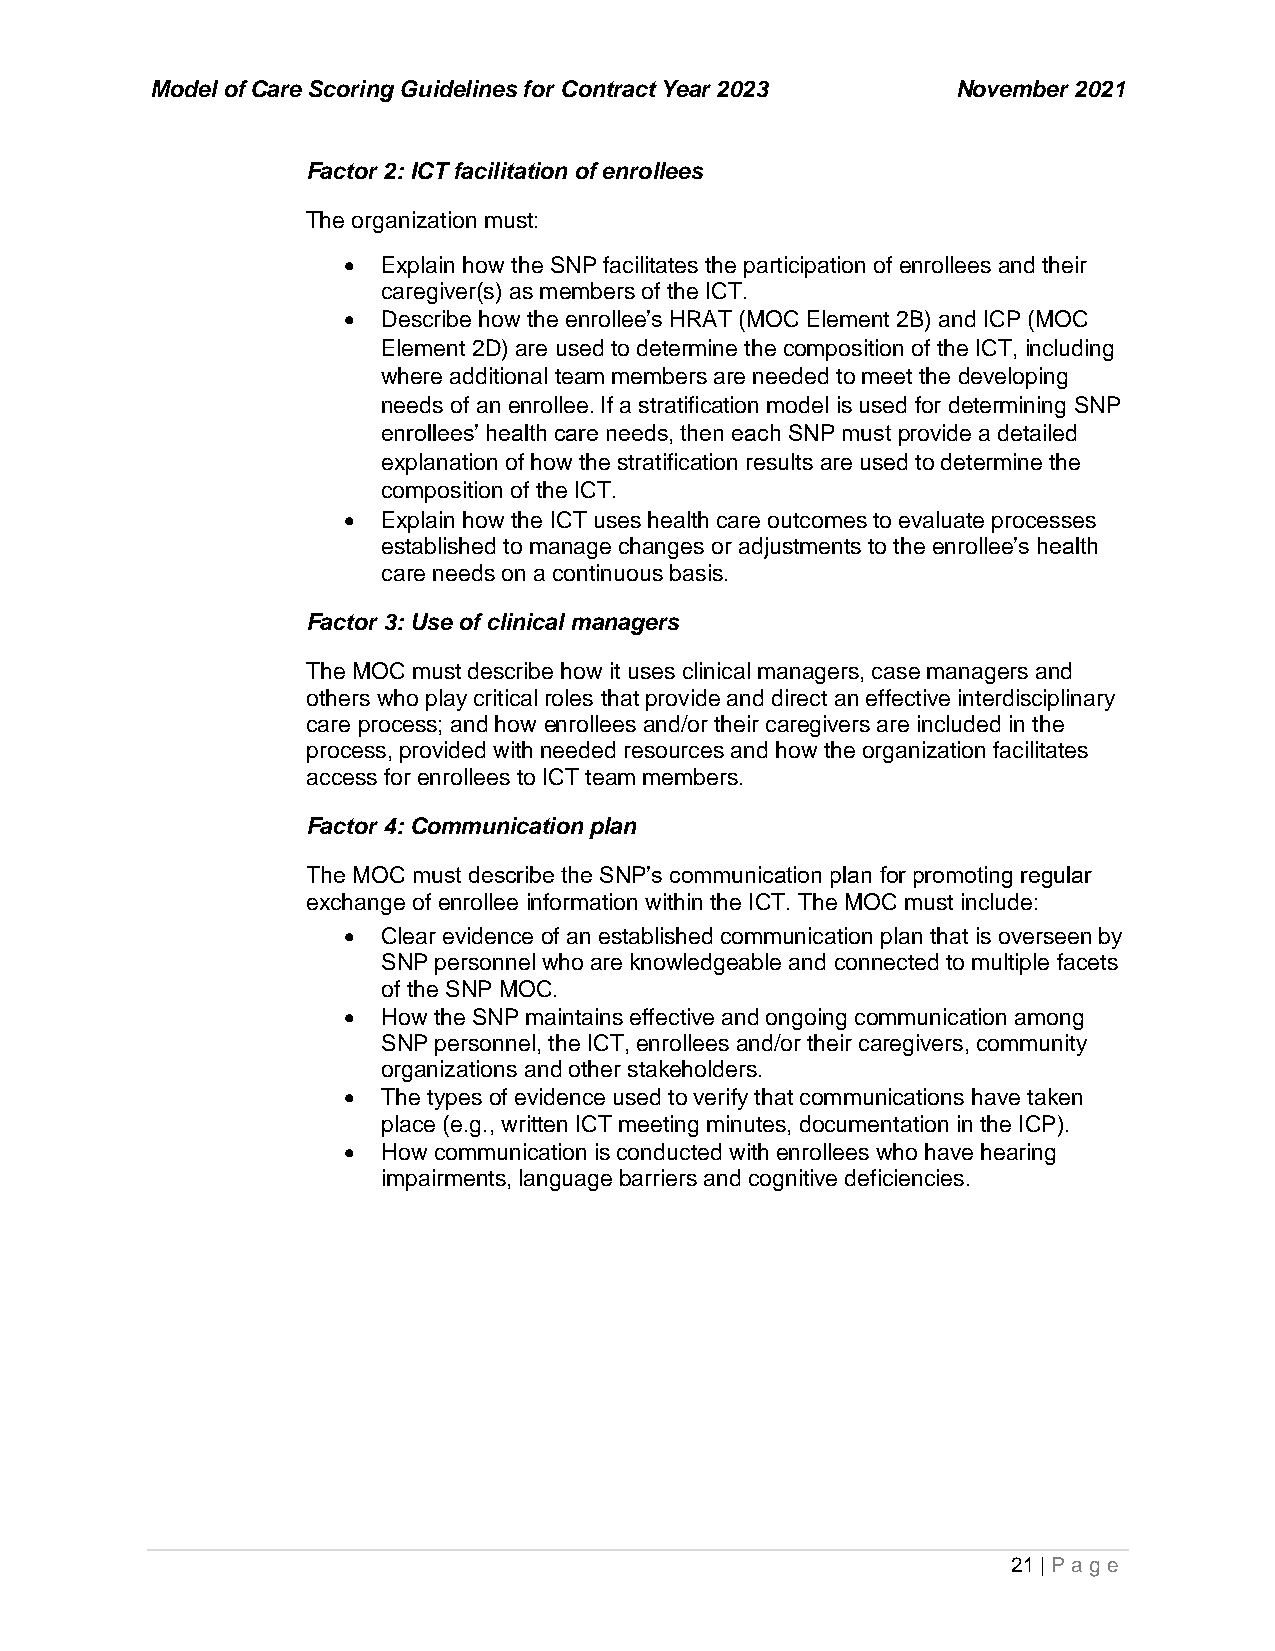
Model of Care Scoring Guidelines for Contract Year 2023 November 2021
 Factor 2: ICT facilitation of enrollees
 The organization must:
 • Explain how the SNP facilitates the participation of enrollees and their
 caregiver(s) as members of the ICT.
 • Describe how the enrollee’s HRAT (MOC Element 2B) and ICP (MOC
 Element 2D) are used to determine the composition of the ICT, including
 where additional team members are needed to meet the developing
 needs of an enrollee. If a stratification model is used for determining SNP
 enrollees’ health care needs, then each SNP must provide a detailed
 explanation of how the stratification results are used to determine the
 composition of the ICT.
 • Explain how the ICT uses health care outcomes to evaluate processes
 established to manage changes or adjustments to the enrollee’s health
 care needs on a continuous basis.
 Factor 3: Use of clinical managers
 The MOC must describe how it uses clinical managers, case managers and
 others who play critical roles that provide and direct an effective interdisciplinary
 care process; and how enrollees and/or their caregivers are included in the
 process, provided with needed resources and how the organization facilitates
 access for enrollees to ICT team members.
 Factor 4: Communication plan
 The MOC must describe the SNP’s communication plan for promoting regular
 exchange of enrollee information within the ICT. The MOC must include:
 • Clear evidence of an established communication plan that is overseen by
 SNP personnel who are knowledgeable and connected to multiple facets
 of the SNP MOC.
 • How the SNP maintains effective and ongoing communication among
 SNP personnel, the ICT, enrollees and/or their caregivers, community
 organizations and other stakeholders.
 • The types of evidence used to verify that communications have taken
 place (e.g., written ICT meeting minutes, documentation in the ICP).
 • How communication is conducted with enrollees who have hearing
 impairments, language barriers and cognitive deficiencies.
 21 | P age